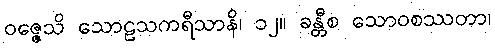
ဝဇ္ဇေသိ သောဠသကရီသာနိ၊ ၁၂။ ခန္တီစ သောဝစဿတာ၊